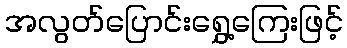
အလွတ်ပြောင်းရွှေ့ကြေးဖြင့်